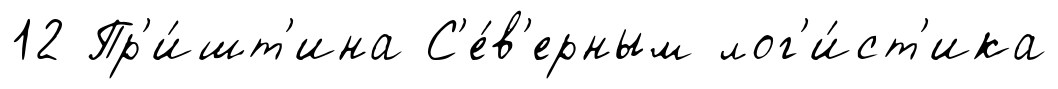
12 Пр'и́шт'ина С'е́в'ерным лог'и́ст'ика